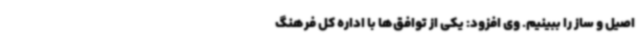
اصیل و ساز را ببینیم. وی افزود: یکی از توافق‌ها با اداره کل فرهنگ